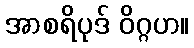
အာစရိပုဒ် ဝိဂ္ဂဟ။